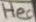
Text: Hea